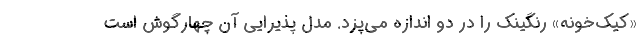
«کیک‌خونه» رنگینک را در دو اندازه می‌پزد. مدل پذیرایی آن چهارگوش است